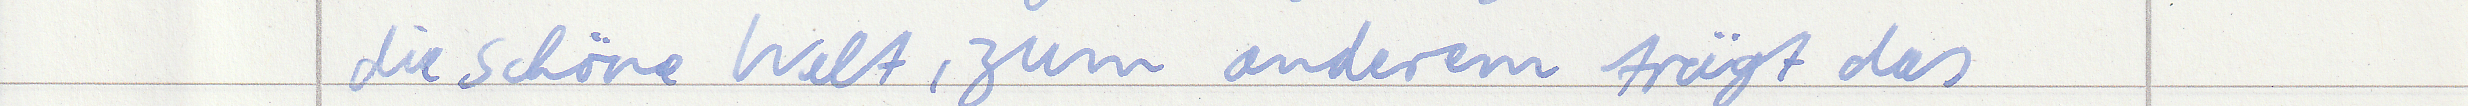
sie schöne Welt, zum anderem trägt das